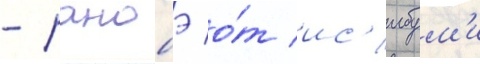
- ранобэ о́т ис'ибум'и